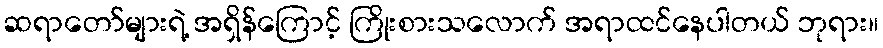
ဆရာတော်များရဲ့ အရှိန်ကြောင့် ကြိုးစားသလောက် အရာထင်နေပါတယ် ဘုရား။